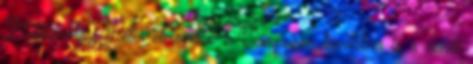
Miklósvölgyi Péter elmondta: a Campuson továbbra is a zenéé